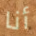
أنا